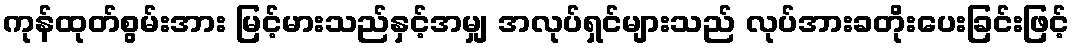
ကုန်ထုတ်စွမ်းအား မြင့်မားသည်နှင့်အမျှ အလုပ်ရှင်များသည် လုပ်အားခတိုးပေးခြင်းဖြင့်